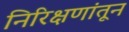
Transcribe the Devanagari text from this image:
निरिक्षणांतून